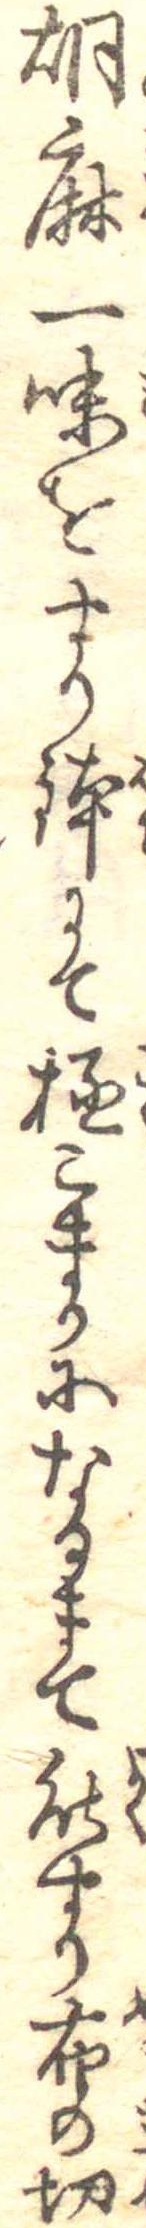
胡麻一味をすり鉢にて極こまかになるまて能すり布の切